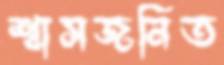
শ্বাসজনিত